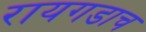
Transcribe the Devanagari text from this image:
रायगडाच